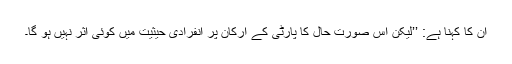
ان کا کہنا ہے: ’’لیکن اس صورت حال کا پارٹی کے ارکان پر انفرادی حیثیت میں کوئی اثر نہیں ہو گا۔